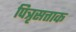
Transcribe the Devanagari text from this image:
पित्रृसत्ताक